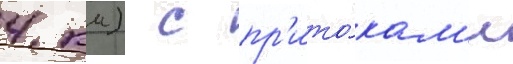
4 км) с пр'ито́кам'и